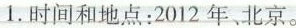
1.时间和地点：2012年、北京。